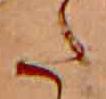
た